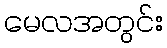
မေလအတွင်း